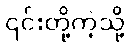
၎င်းတို့ကဲ့သို့